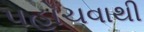
પહોચવાથી